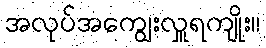
အလုပ်အကျွေးလှူရကျိုး။